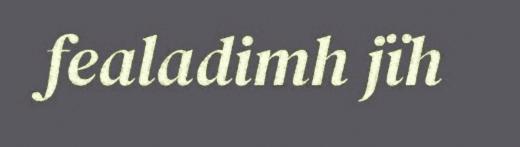
fealadimh jïh